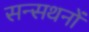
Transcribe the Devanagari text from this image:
सन्सथनों